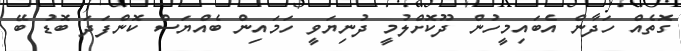
ގޮތެއް ހަދާން އެބައިމީހުން ދޫކޮށްލުމީ ދުނިޔަވީ ހަމައިން ބެއްޔަސް ކޮންފަދަ ބޮޑު ބޭ